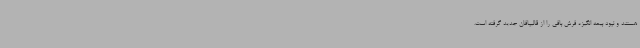
هستند و نبود بیمه انگیزه فرش بافی را از قالیبافان جدید گرفته است.